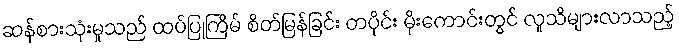
ဆန်စားသုံးမှုသည် ထပ်ပြုကြိမ် စိတ်မြန်ခြင်း တပိုင်း မိုးကောင်းတွင် လူသိများလာသည့်